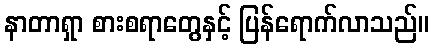
နာတာရှာ စားစရာတွေနှင့် ပြန်ရောက်လာသည်။